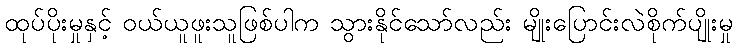
ထုပ်ပိုးမှုနှင့် ဝယ်ယူဖူးသူဖြစ်ပါက သွားနိုင်သော်လည်း မျိုးပြောင်းလဲစိုက်ပျိုးမှု